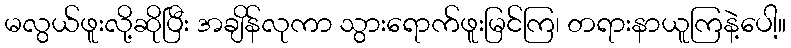
မလွယ်ဖူးလို့ဆိုပြီး အချိန်လုကာ သွားရောက်ဖူးမြင်ကြ၊ တရားနာယူကြနဲ့ပေါ့။